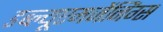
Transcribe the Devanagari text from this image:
डब्ल्यूएमजेंनिंग्स